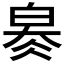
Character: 𤽬